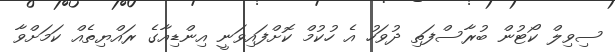
ސިވިލް ކޯޓުން ބުރާސްފަތި ދުވަހު އެ ހުކުމް ކޮށްފައިވަނީ އިންޑިއާގެ ރައްޔިތެއް ކަމަށްވާ